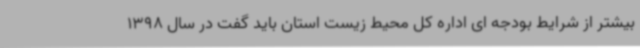
بیشتر از شرایط بودجه ای اداره کل محیط زیست استان باید گفت در سال 1398